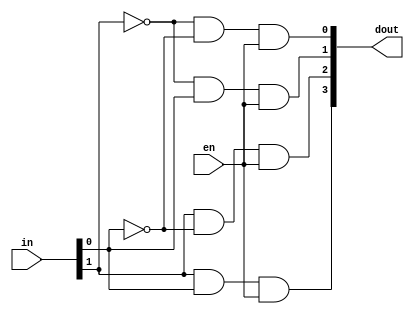
/*--  *******************************************************
--  Computer Architecture Course, Laboratory Sources 
--  Amirkabir University of Technology (Tehran Polytechnic)
--  Department of Computer Engineering (CE-AUT)
--  https://ce[dot]aut[dot]ac[dot]ir
--  *******************************************************
--  All Rights reserved (C) 2019-2020
--  *******************************************************
--  Student ID  : 
--  Student Name: 
--  Student Mail: 
--  *******************************************************
--  Additional Comments:
--
--*/

/*-----------------------------------------------------------
---  Module Name: Decoder 2 to 4 Gate Level
---  Description: Lab 05 Part 1
-----------------------------------------------------------*/
`timescale 1 ns/1 ns

module decoder2x4 (
	output [3:0] dout,
	input [1:0] in ,
	input 		en 
);
	
	wire innot[1:0];
	not n1(innot[0], in[0]);
	not n2(innot[1], in[1]);
	
	and an1(dout[0], innot[1], innot[0], en);
	and an2(dout[1], innot[1], in[0], en);
	and an3(dout[2], in[1], innot[0], en);
	and an4(dout[3], in[1], in[0], en);
endmodule